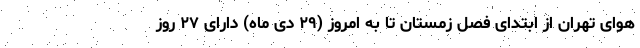
هوای تهران از ابتدای فصل زمستان تا به امروز (۲۹ دی ماه) دارای ۲۷ روز